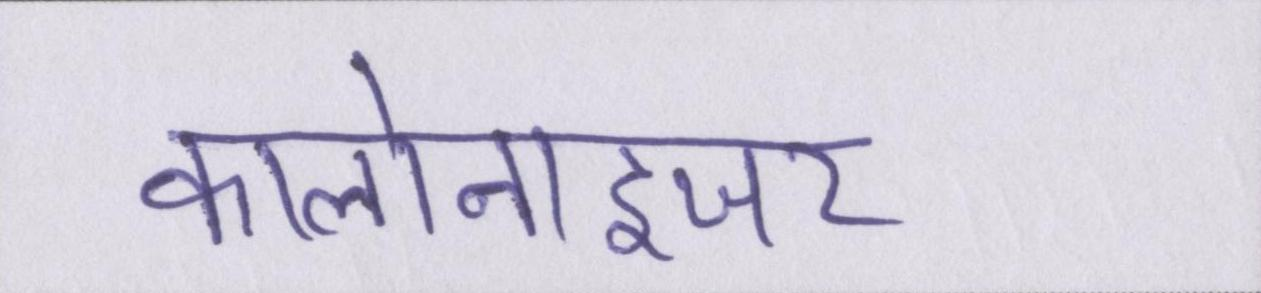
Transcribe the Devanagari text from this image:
कालोनाइजर